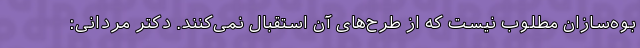
بوه‌سازان مطلوب نیست که از طرح‌های آن استقبال نمی‌کنند. دکتر مردانی:‌